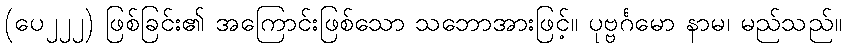
(ပေ၂၂၂) ဖြစ်ခြင်း၏ အကြောင်းဖြစ်သော သဘောအားဖြင့်။ ပုဗ္ဗင်္ဂမော နာမ၊ မည်သည်။